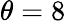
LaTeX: \theta=8